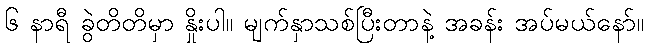
၆ နာရီ ခွဲတိတိမှာ နှိုးပါ။ မျက်နှာသစ်ပြီးတာနဲ့ အခန်း အပ်မယ်နော်။